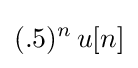
(.5)^{n}\,u[n]